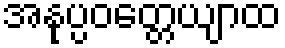
အနုပ္ပဝတ္တေယျာထ